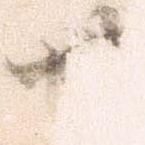
卅